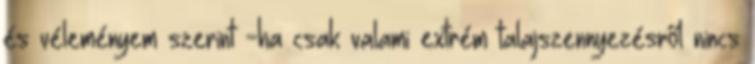
és véleményem szerint -ha csak valami extrém talajszennyezésről nincs